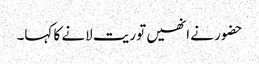
حضور نے انھیں توریت لانے کا کہا۔